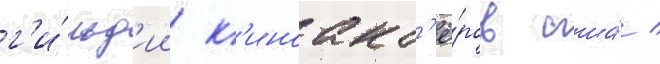
г'и́льд'ии к'иноакт'ё́ров сша́ /